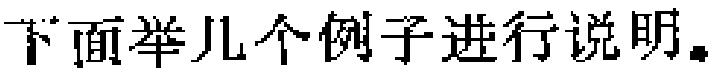
下面举几个例子进行说明。